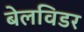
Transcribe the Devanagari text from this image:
बेलविडर